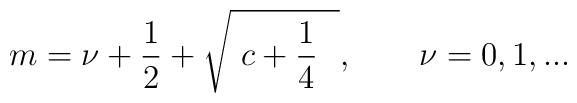
m=\nu +\frac{1}{2}+\sqrt{\ c+\frac{1}{4}\ \ },\qquad \nu =0,1,...